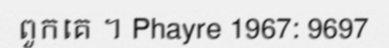
ពួកគេ ។ Phayre 1967: 9697